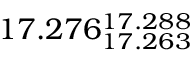
1 7 . 2 7 6 _ { 1 7 . 2 6 3 } ^ { 1 7 . 2 8 8 }